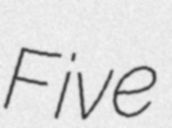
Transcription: Five